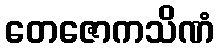
တေဇောကသိဏံ